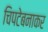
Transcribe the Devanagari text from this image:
चिपटेबनाकर